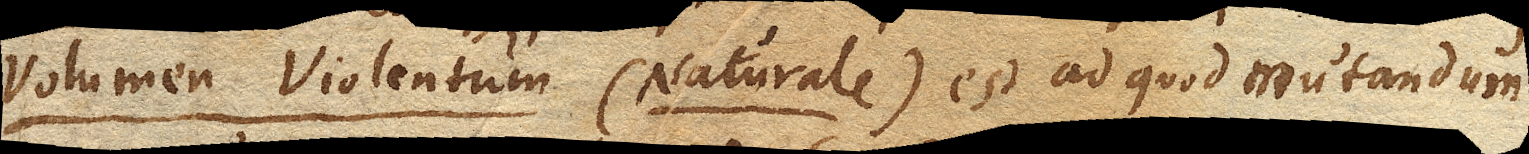
Volumen Violentum (Naturale) est ad quod mutandum